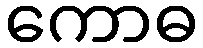
ကောဓ